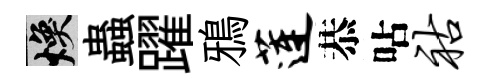
焕蟲躍鴉莲恭呫祜